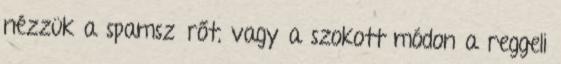
nézzük a spamszűrőt, vagy a szokott módon a reggeli